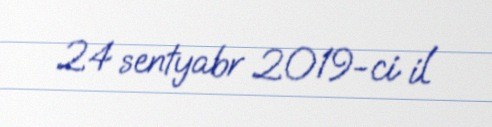
24 sentyabr 2019-ci il